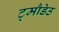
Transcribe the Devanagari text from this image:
ट्मौडेउ